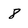
Character: 8